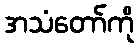
အသံတော်ကို